Studies on the mouth parts a Comparative anatomy of the proboscis in the blood-sucking muscidae - Number 60
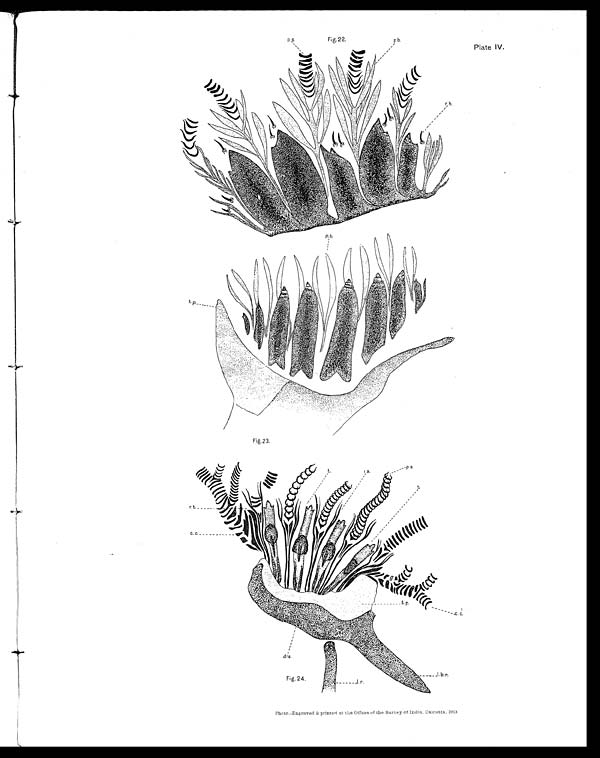
Plate IV.
Fig.22.
Fig.23.
Fig. 24.
Photo.-Engraved & printed at the Offices of the Survey of India, Calcutta, 1913